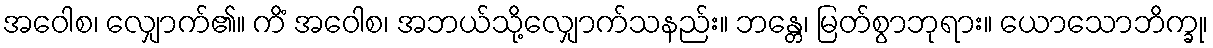
အဝေါစ၊ လျှောက်၏။ ကိံ အဝေါစ၊ အဘယ်သို့လျှောက်သနည်း။ ဘန္တေ၊ မြတ်စွာဘုရား။ ယောသောဘိက္ခု၊